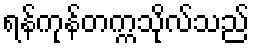
ရန်ကုန်တက္ကသိုလ်သည်